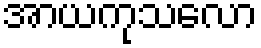
အာယကုသလော